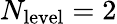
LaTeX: N_{\mathrm{level}}=2